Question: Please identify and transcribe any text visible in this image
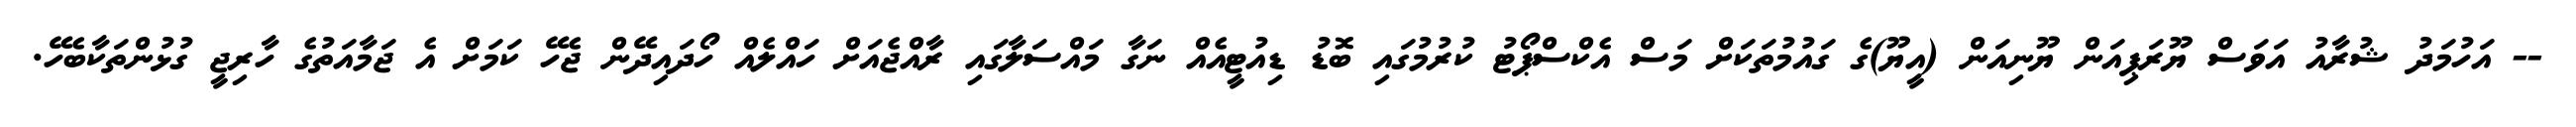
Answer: -- އަހުމަދު ޝުރާއު އަވަސް ޔޫރަޕިއަން ޔޫނިއަން (އީޔޫ)ގެ ގައުމުތަކަށް މަސް އެކްސްޕޯޓު ކުރުމުގައި ބޮޑު ޑިއުޓީއެއް ނަގާ މައްސަލާގައި ރާއްޖެއަށް ހައްލެއް ހޯދައިދޭން ޖެހޭ ކަމަށް އެ ޖަމާއަތުގެ ހާރިޖީ ގުޅުންތަކާބެހޭ.